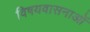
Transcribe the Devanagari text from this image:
विषयवासनाओं